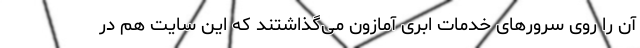
آن را روی سرورهای خدمات ابری آمازون می‌گذاشتند که این سایت هم در